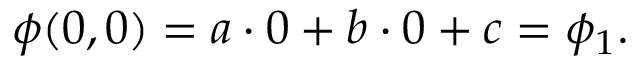
\phi ( 0 , 0 ) = a \cdot 0 + b \cdot 0 + c = \phi _ { 1 } .